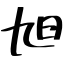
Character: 旭